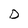
Character: D